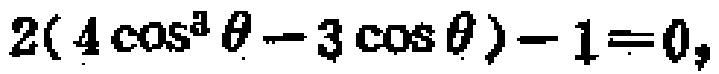
$2(4\cos^{3}\theta - 3\cos\theta)-1 = 0,$